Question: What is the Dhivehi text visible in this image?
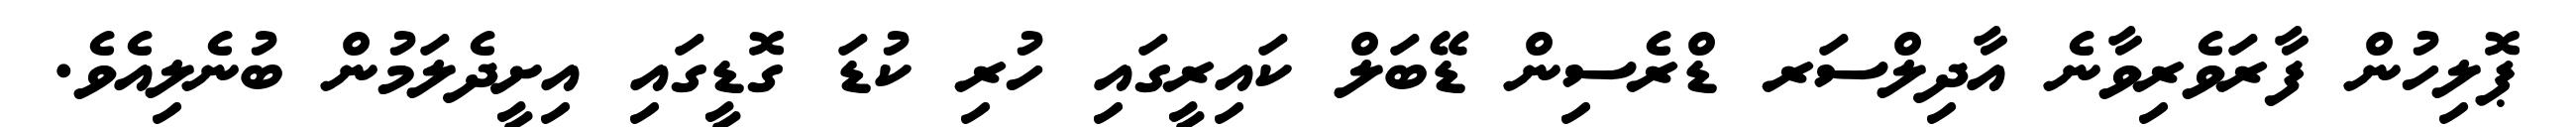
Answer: ޕޮލިހުން ފާރަވެރިވާނެ އާދިލްސަރ ޑްރެސިން ޑޭބަލް ކައިރީގައި ހުރި ކުޑަ ގޮޑީގައި އިށީދެލަމުން ބުނެލިއެވެ.